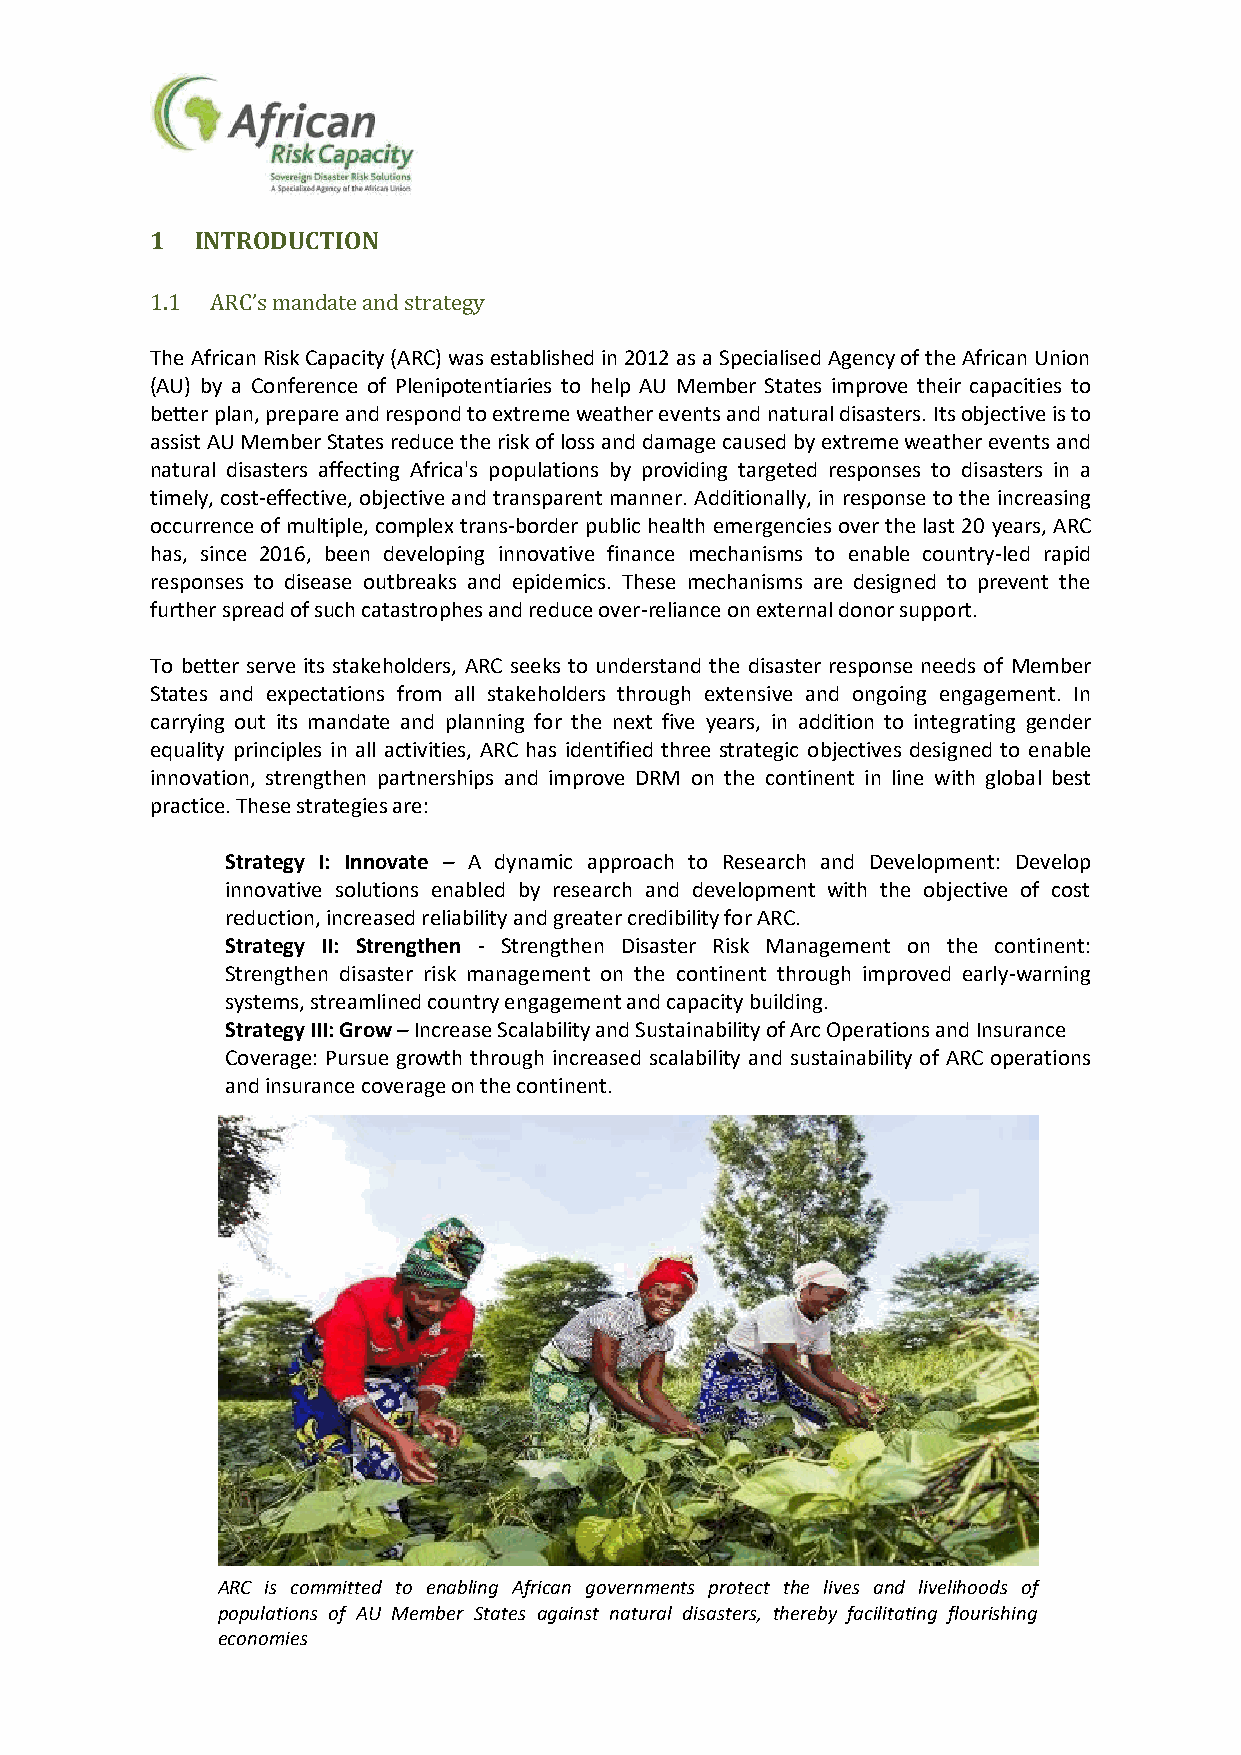
1  INTRODUCTION
 1.1 ARC’s mandate and strategy
 The African Risk Capacity (ARC) was established in 2012 as a Specialised Agency of the African Union
 (AU) by a Conference of Plenipotentiaries to help AU Member States improve their capacities to
 better plan, prepare and respond to extreme weather events and natural disasters. Its objective is to
 assist AU Member States reduce the risk of loss and damage caused by extreme weather events and
 natural disasters affecting Africa's populations by providing targeted responses to disasters in a
 timely, cost-effective, objective and transparent manner. Additionally, in response to the increasing
 occurrence of multiple, complex trans-border public health emergencies over the last 20 years, ARC
 has, since 2016, been developing innovative finance mechanisms to enable country-led rapid
 responses to disease outbreaks and epidemics. These mechanisms are designed to prevent the
 further spread of such catastrophes and reduce over-reliance on external donor support.
 To better serve its stakeholders, ARC seeks to understand the disaster response needs of Member
 States and expectations from all stakeholders through extensive and ongoing engagement. In
 carrying out its mandate and planning for the next five years, in addition to integrating gender
 equality principles in all activities, ARC has identified three strategic objectives designed to enable
 innovation, strengthen partnerships and improve DRM on the continent in line with global best
 practice. These strategies are:
 Strategy I: Innovate – A dynamic approach to Research and Development: Develop
 innovative solutions enabled by research and development with the objective of cost
 reduction, increased reliability and greater credibility for ARC.
 Strategy II: Strengthen - Strengthen Disaster Risk Management on the continent:
 Strengthen disaster risk management on the continent through improved early-warning
 systems, streamlined country engagement and capacity building.
 Strategy III: Grow – Increase Scalability and Sustainability of Arc Operations and Insurance
 Coverage: Pursue growth through increased scalability and sustainability of ARC operations
 and insurance coverage on the continent.
 ARC is committed to enabling African governments protect the lives and livelihoods of
 populations of AU Member States against natural disasters, thereby facilitating flourishing
 economies                 11